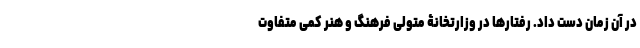
در آن زمان دست داد. رفتارها در وزارتخانۀ متولی فرهنگ و هنر کمی متفاوت